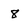
Character: 8